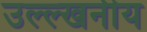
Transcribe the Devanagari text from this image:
उल्ल्खनीय